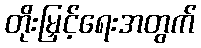
တိုးမြှင့်ရေးအတွက်